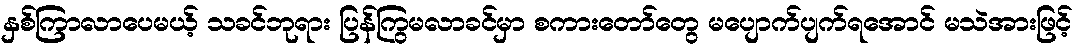
နှစ်ကြာလာပေမယ့် သခင်ဘုရား ပြန်ကြွမလာခင်မှာ စကားတော်တွေ မပျောက်ပျက်ရအောင် မသဲအားဖြင့်